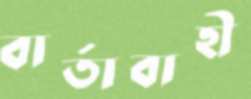
বার্তাবাহী